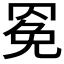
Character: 𰭍